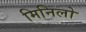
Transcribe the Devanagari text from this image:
मिनिलो